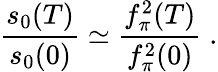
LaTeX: \frac{s_{0}(T)}{s_{0}(0)}\simeq\frac{f_{\pi}^{2}(T)}{f_{\pi}^{2}(0)}\; .